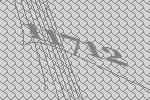
11712